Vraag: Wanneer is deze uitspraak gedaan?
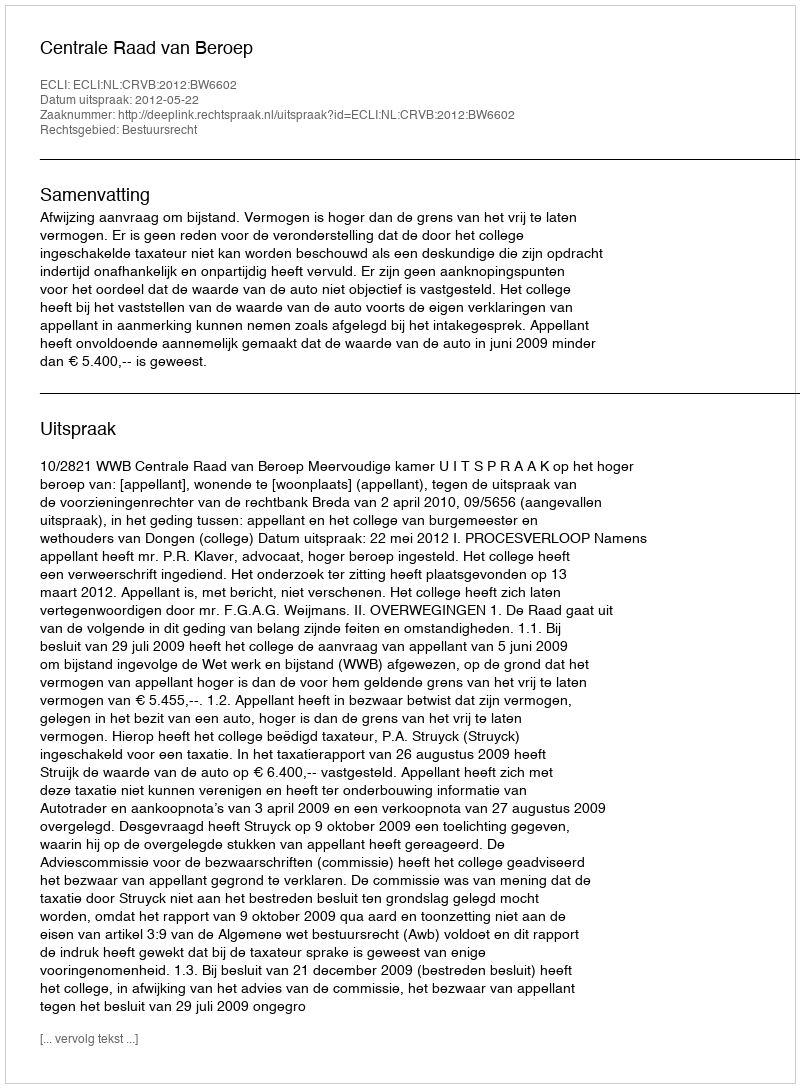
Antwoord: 2012-05-22